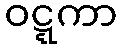
ဝဋ္ဋကာ